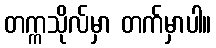
တက္ကသိုလ်မှာ တက်မှာပါ။